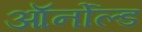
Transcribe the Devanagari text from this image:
ऑर्नोल्ड